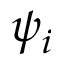
\psi _ { i }